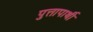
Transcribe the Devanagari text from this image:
पुत्तापार्थी